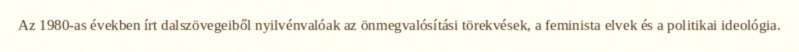
Az 1980-as években írt dalszövegeiből nyilvénvalóak az önmegvalósítási törekvések, a feminista elvek és a politikai ideológia.